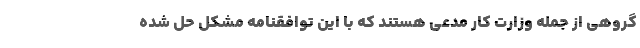
گروهی از جمله وزارت کار مدعی هستند که با این توافقنامه مشکل حل شده